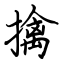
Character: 擒